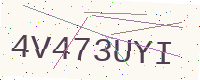
Text: 4V473UYI